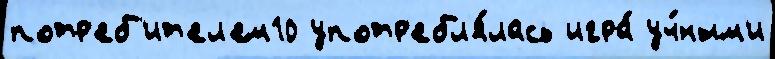
потр'еб'ит'ел'ем10 употр'ебл'я́лась игра́ уч́ным'и